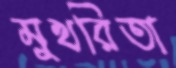
মুখরিতা